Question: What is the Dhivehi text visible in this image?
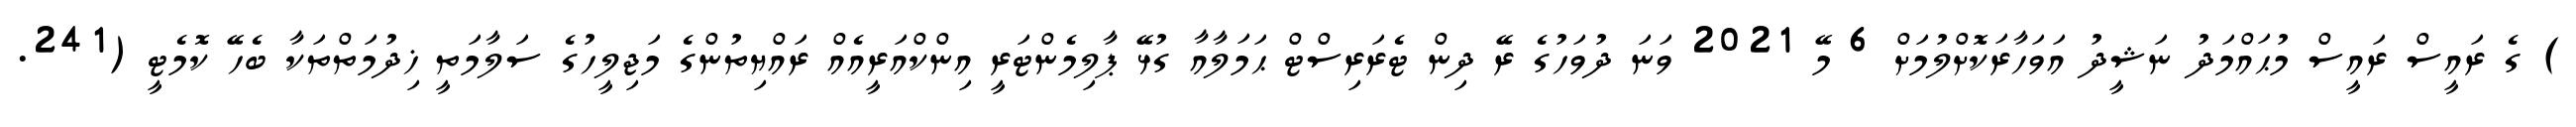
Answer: ) ގެ ރައީސް ރައީސް މުޙައްމަދު ނަޝީދު އަވަހާރަކޮށްލުމަށް 6 މޭ 2021 ވަނަ ދުވަހުގެ ރޭ ދިން ޓެރަރިސްޓް ޙަމަލާއާ ގުޅޭ ޕާލިމެންޓަރީ އިންކްއަރީއެއް ރައްޔިތުންގެ މަޖިލީހުގެ ސަލާމަތީ ޚިދުމަތްތަކާ ބެހޭ ކޮމެޓީ (241.